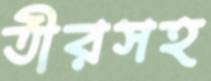
তীরসহ